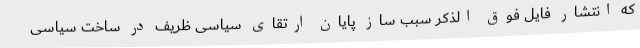
که انتشار فایل فوق الذکر سبب ساز پایان ارتقای سیاسی ظریف در ساخت سیاسی